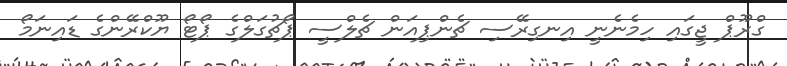
ގްރޫޕް ޖީގައި ހިމެނެނީ އިނގިރޭސި ޗެންޕިއަން ޗެލްސީ ޕޯޗުގަލްގެ ޕޯޓޯ ޔޫކްރޭންގެ ޑައިނަމޯ